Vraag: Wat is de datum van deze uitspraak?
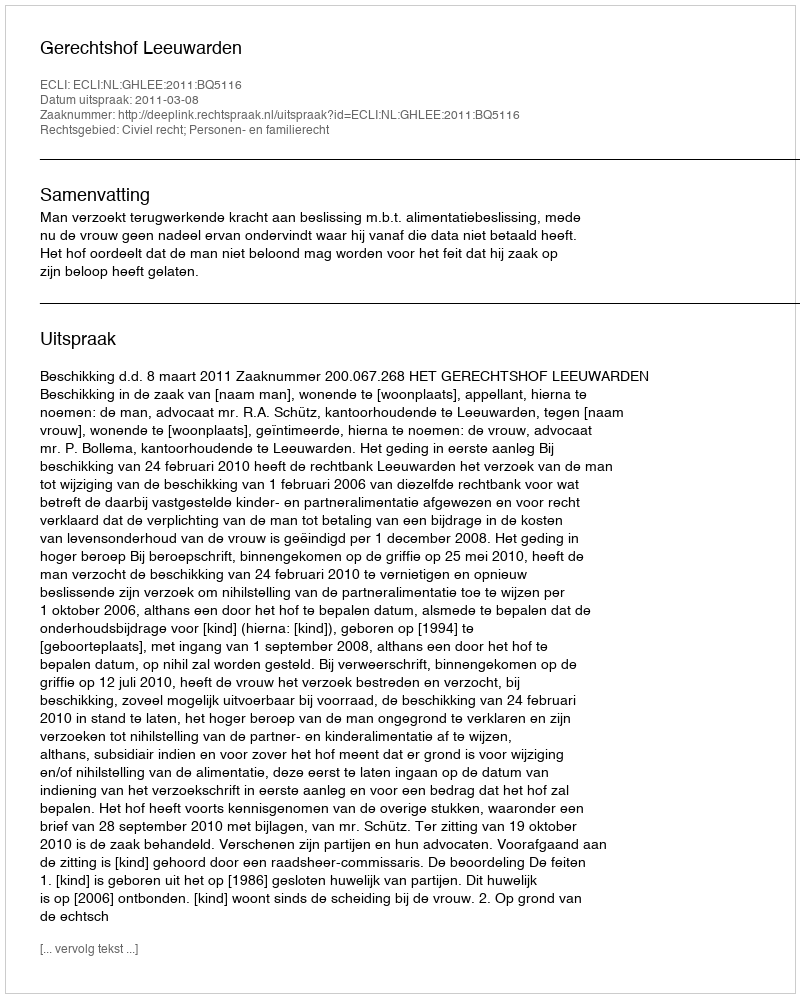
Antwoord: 2011-03-08